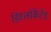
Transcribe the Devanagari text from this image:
डिस्लोकेटेड